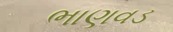
ભાણવડ